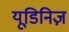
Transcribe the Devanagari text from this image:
यूडिनिज़